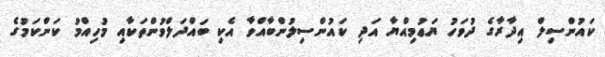
ކައުންސިލް އިދާރާގެ ދުވަހު ޔަޢުމިއްޔާ އަދި ކައުންސިލުންބާއްވާ އެކި ބައްދަލްވުންތަކާއި މުހިއްމު ކަންކަމުގެ